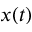
x ( t )